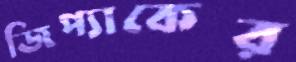
জিপ্যাকের